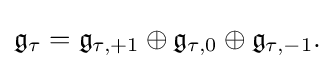
\displaystyle {{\mathfrak {g}}_{\tau }={\mathfrak {g}}_{\tau ,+1}\oplus {\mathfrak {g}}_{\tau ,0}\oplus {\mathfrak {g}}_{\tau ,-1}.}